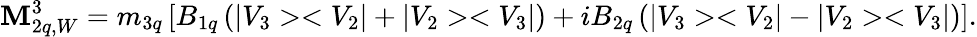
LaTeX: {\mathbf M}_{2q,W}^{3}=m_{3q}\left[B_{1q}\left(|V_{3}><V_{2}|+|V_{2}><V_{3}|\right)+iB_{2q}\left(|V_{3}><V_{2}|-|V_{2}><V_{3}|\right)\right].